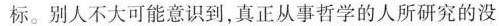
标。别人不大可能意识到，真正从事哲学的人所研究的没